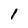
Character: 1